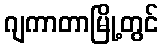
ဂျကာတာမြို့တွင်